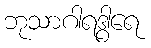
ဘုသာဂါရဒွါရေ